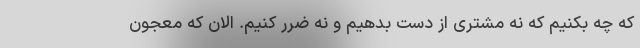
که چه بکنیم که نه مشتری از دست بدهیم و نه ضرر کنیم. الان که معجون